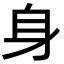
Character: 身